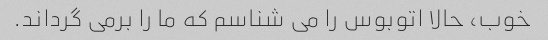
خوب، حالا اتوبوس را می شناسم که ما را برمی گرداند.